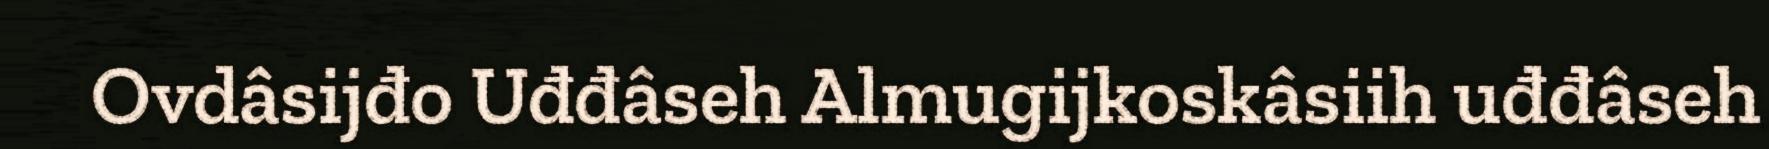
Ovdâsijđo Uđđâseh Almugijkoskâsiih uđđâseh